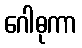
ဂေါဓုကာ